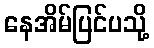
နေအိမ်ပြင်ပသို့